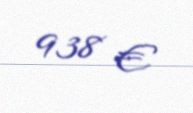
938 €